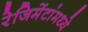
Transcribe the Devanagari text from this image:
रेजिमेंटांमध्ये